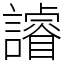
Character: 䜜